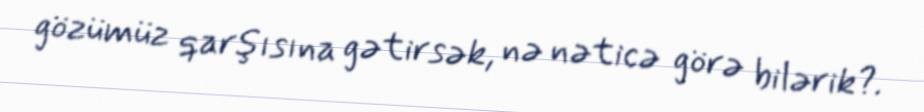
gözümüz qarşısına gətirsək, nə nəticə görə bilərik?.